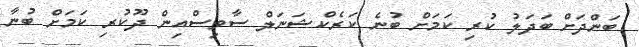
ބަންދަށް ބަދަލު ކުރި ކަމަށް ބުނެ ކަރެކްޝަނަލް ސާވިސްއިން ދޫކުރި ކަމަށް ބުނާ